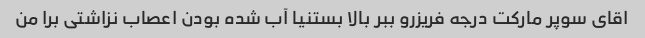
اقای سوپر مارکت درجه فریزرو ببر بالا بستنیا آب شده بودن اعصاب نزاشتی برا من